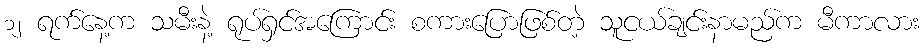
၁၂ ရက်နေ့က သမီးနဲ့ ရုပ်ရှင်အကြောင်း စကားပြောဖြစ်တဲ့ သူငယ်ချင်းနာမည်က မီကာလား